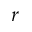
r